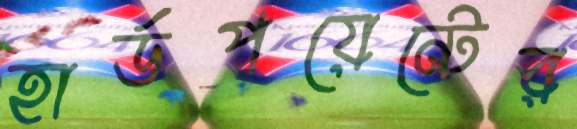
হার্ডপয়েন্টের